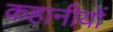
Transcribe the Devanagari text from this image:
कहानीयों